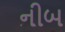
નીબ